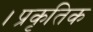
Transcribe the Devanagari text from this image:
।प्रकृतिक